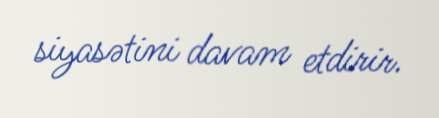
siyasətini davam etdirir.